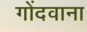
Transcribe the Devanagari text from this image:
गोंदवाना